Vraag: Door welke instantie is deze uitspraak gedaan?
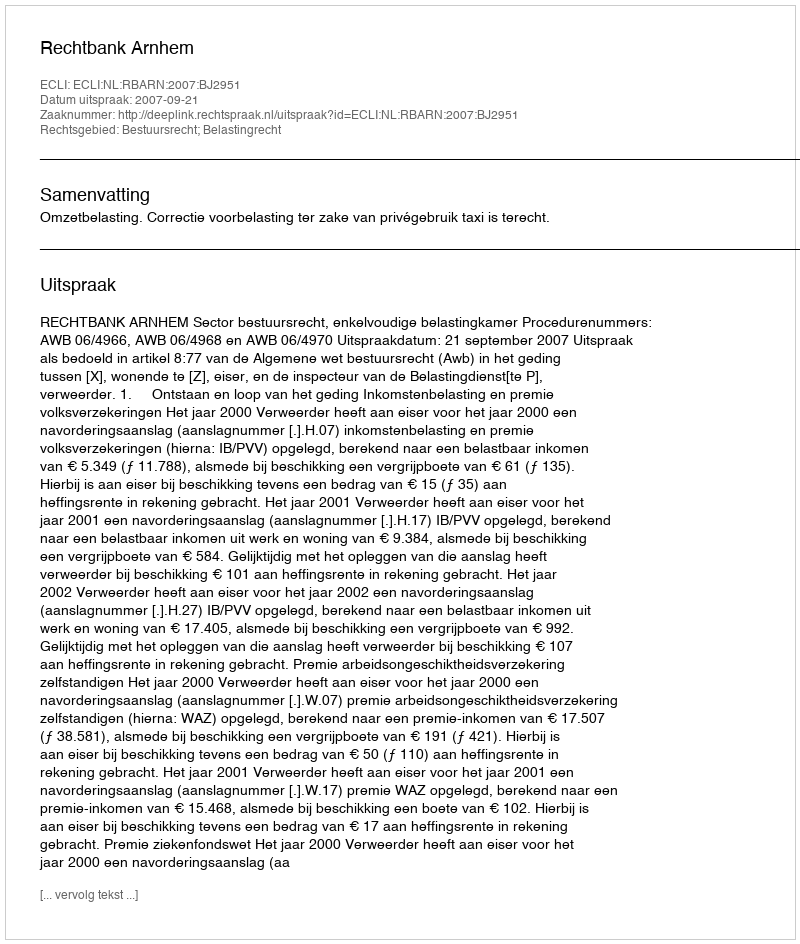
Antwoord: Rechtbank Arnhem